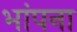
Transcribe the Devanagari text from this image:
भांपना